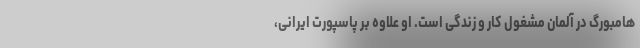
هامبورگ در آلمان مشغول کار و زندگی است. او علاوه بر پاسپورت ایرانی،